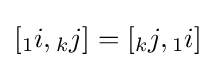
\left[{}_{1}i,{}_{k}j\right]=\left[{}_{k}j,{}_{1}i\right]